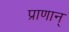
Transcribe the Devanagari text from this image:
प्राणान्